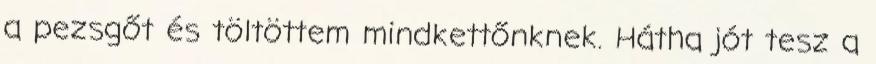
a pezsgőt és töltöttem mindkettőnknek. Hátha jót tesz a